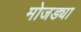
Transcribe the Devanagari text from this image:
मोजड्या